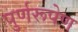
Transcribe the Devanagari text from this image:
पुर्णरूपेण